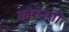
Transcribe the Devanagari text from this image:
कोरनगी